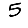
Digit: 5